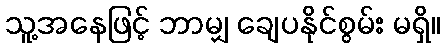
သူ့အနေဖြင့် ဘာမျှ ချေပနိုင်စွမ်း မရှိ။